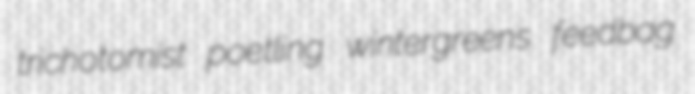
trichotomist poetling wintergreens feedbag